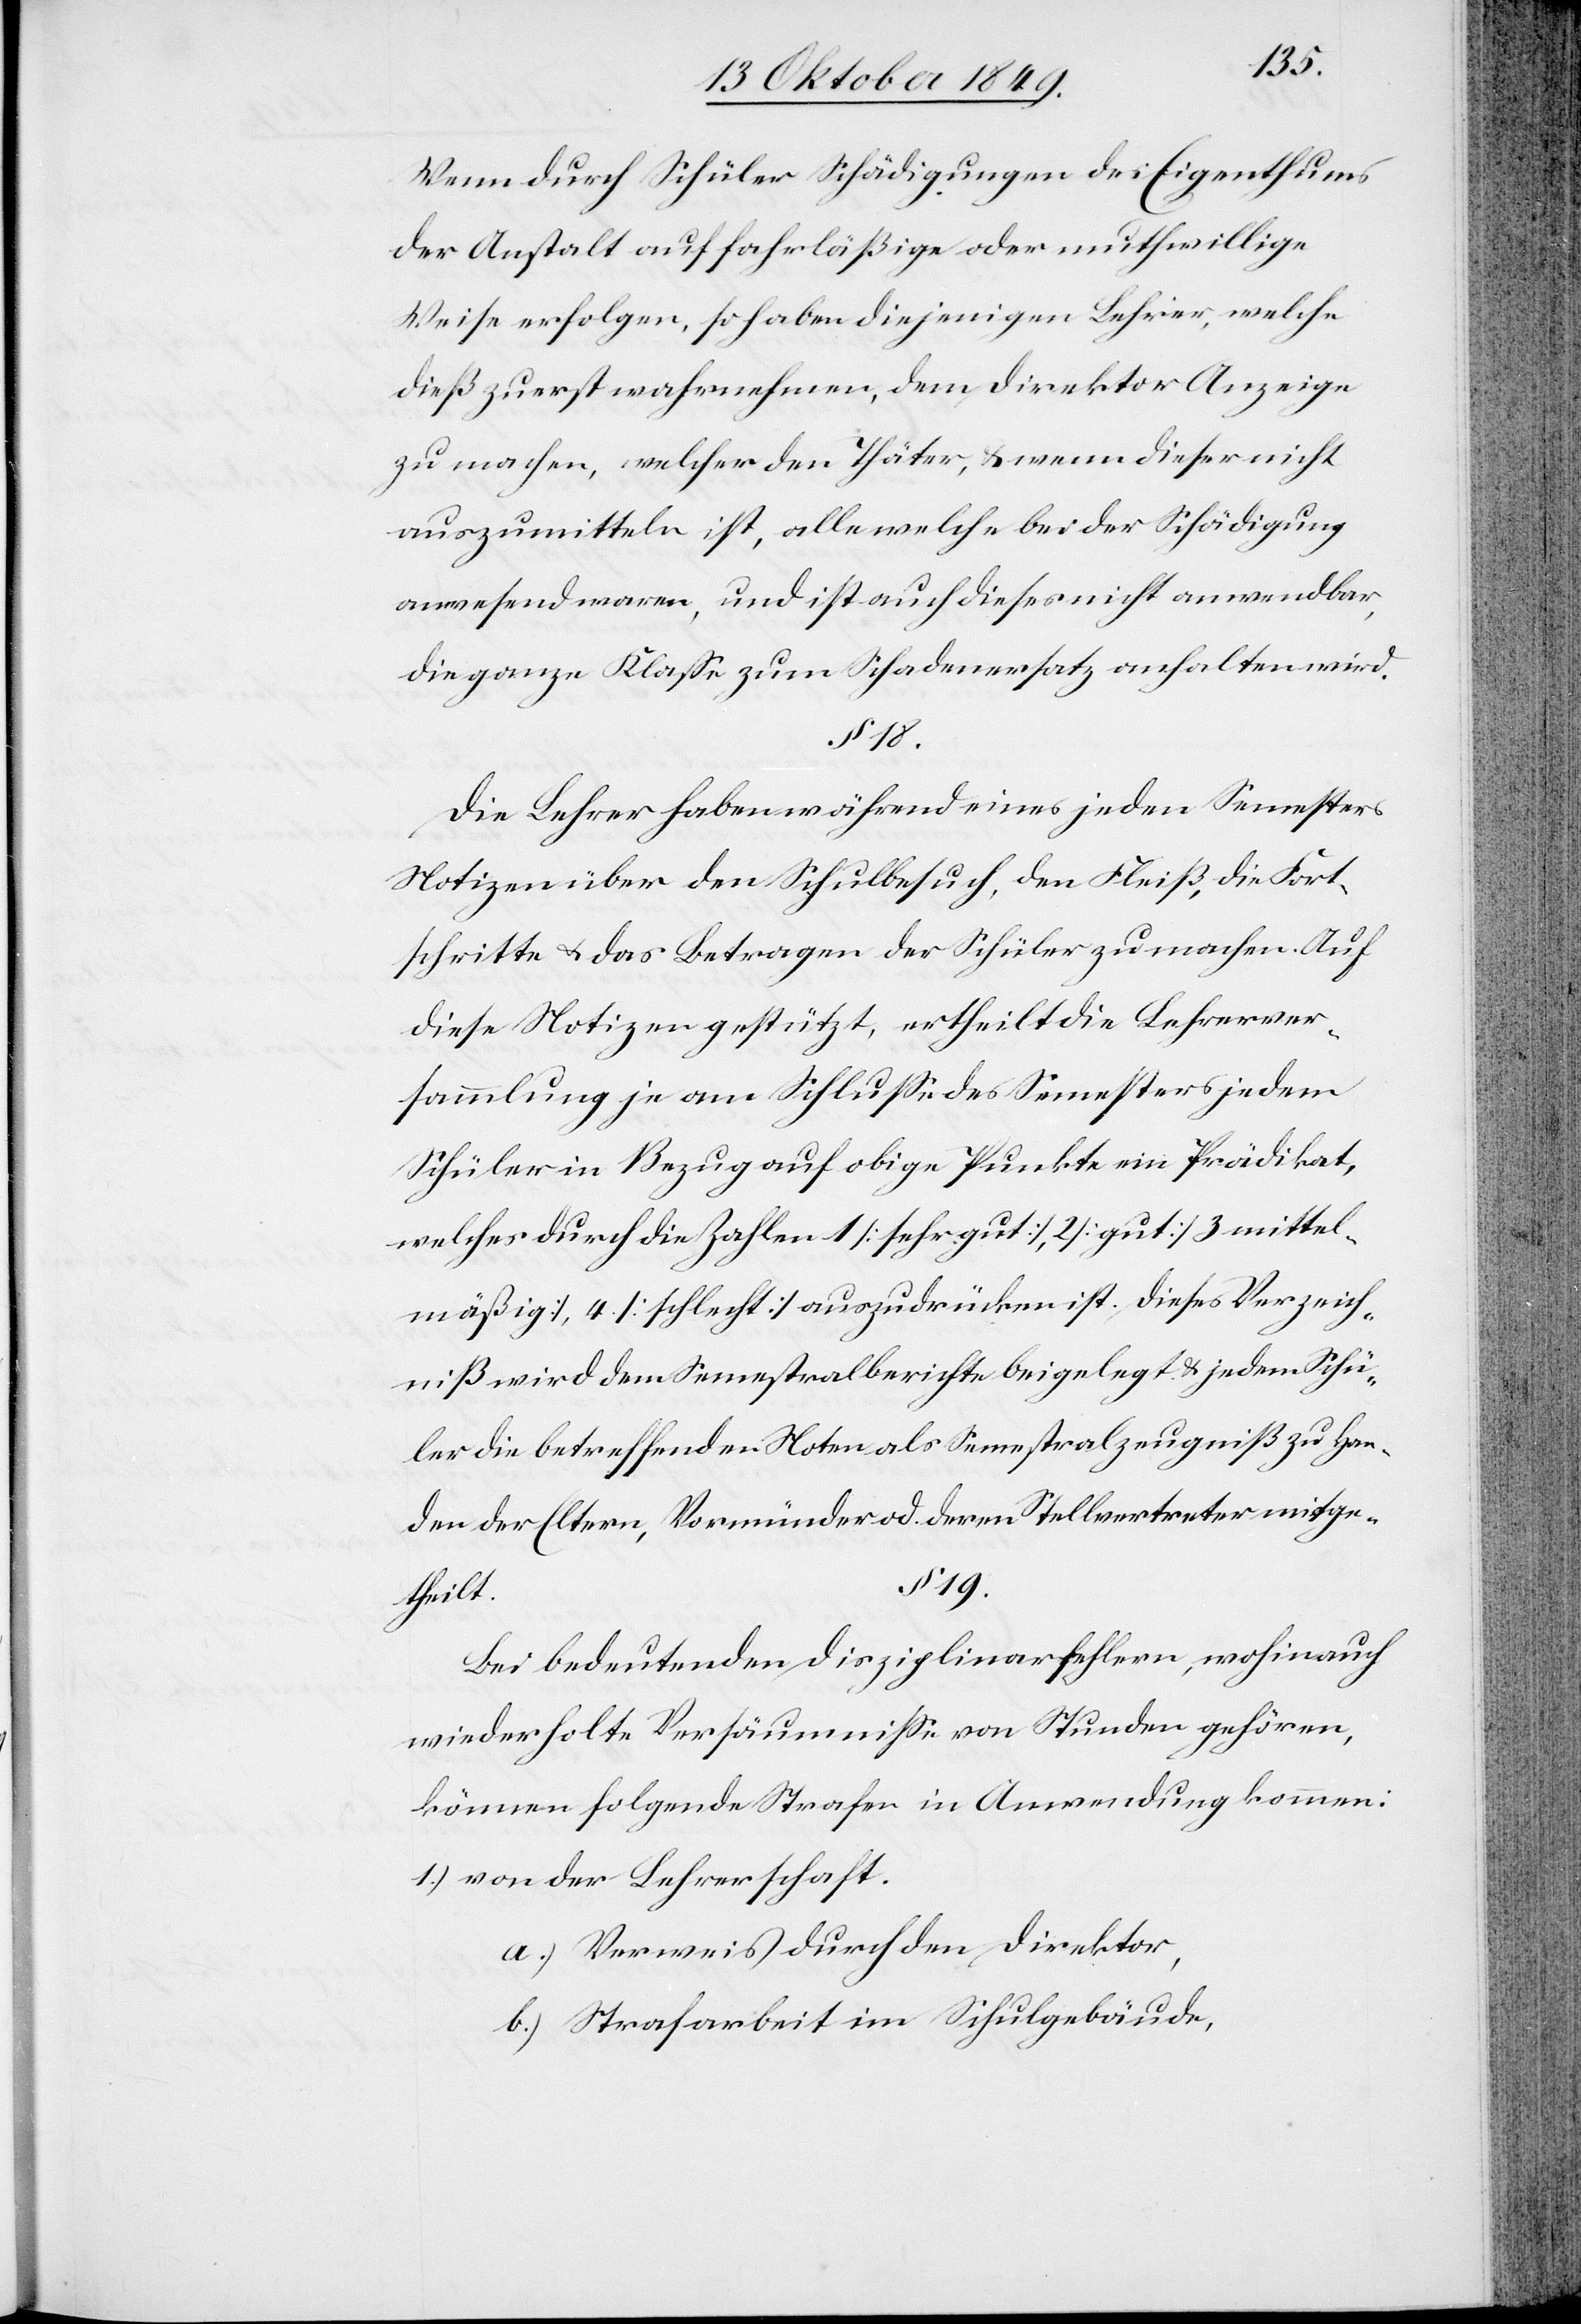
Wenn durch Schüler Schädigungen des Eigenthums
der Anstalt auf fahrläßige oder muthwillige
Weise erfolgen, so haben diejenigen Lehrer, welche
dieß zuerst wahrnehmen, dem Direktor Anzeige
zu machen, welcher den Thäter, u. wenn dieser nicht
auszumitteln ist, alle welche bei der Schädigung
anwesend waren, und ist auch dieses nicht anwendbar,
die ganze Klaße zum Schadenersatz anhalten wird.
§ 19.
Die Lehrer haben während eines jeden Semesters
Notizen über den Schulbesuch, den Fleiß, die Fort¬
schritte u. das Betragen der Schüler zu machen. Auf
diese Notizen gestützt, ertheilt die Lehrerver¬
sammlung je am Schluße des Semesters jedem
Schüler in Bezug auf obige Punkte ein Prädikat,
welches durch die Zahlen 1[sehr gut], 2[gut], 3[mittel¬
mäßig], 4[schlecht] auszudrücken ist. Dieses Verzeich¬
niß wird dem Semestralberichte beigelegt u. jedem Schü¬
ler die betreffenden Noten als Semestralzeugniß zu Han¬
den der Eltern, Vormünder od. deren Stellvertreter mitge¬
theilt.
Bei bedeutenden Disziplinarfehlern, wohin auch
wiederholte Versäumniße von Stunden gehören,
können folgende Strafen in Anwendung kommen:
1.) von der Lehrerschaft.
a) Verweis durch den Direktor,
b) Strafarbeit im Schulgebäude,